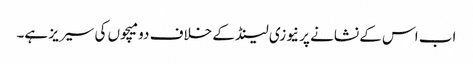
اب اس کے نشانے پر نیوزی لینڈ کے خلاف دو میچوں کی سیریز ہے۔